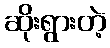
ဆိုးရွားတဲ့